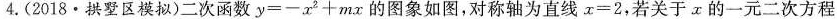
4.(2018·拱墅区模拟)二次函数$$y = - x ^ { 2 } + m x$$的图象如图，对称轴为直线$$x = 2$$，若关于x的一元二次方程